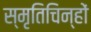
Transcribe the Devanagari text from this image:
स्मृतिचिन्हों